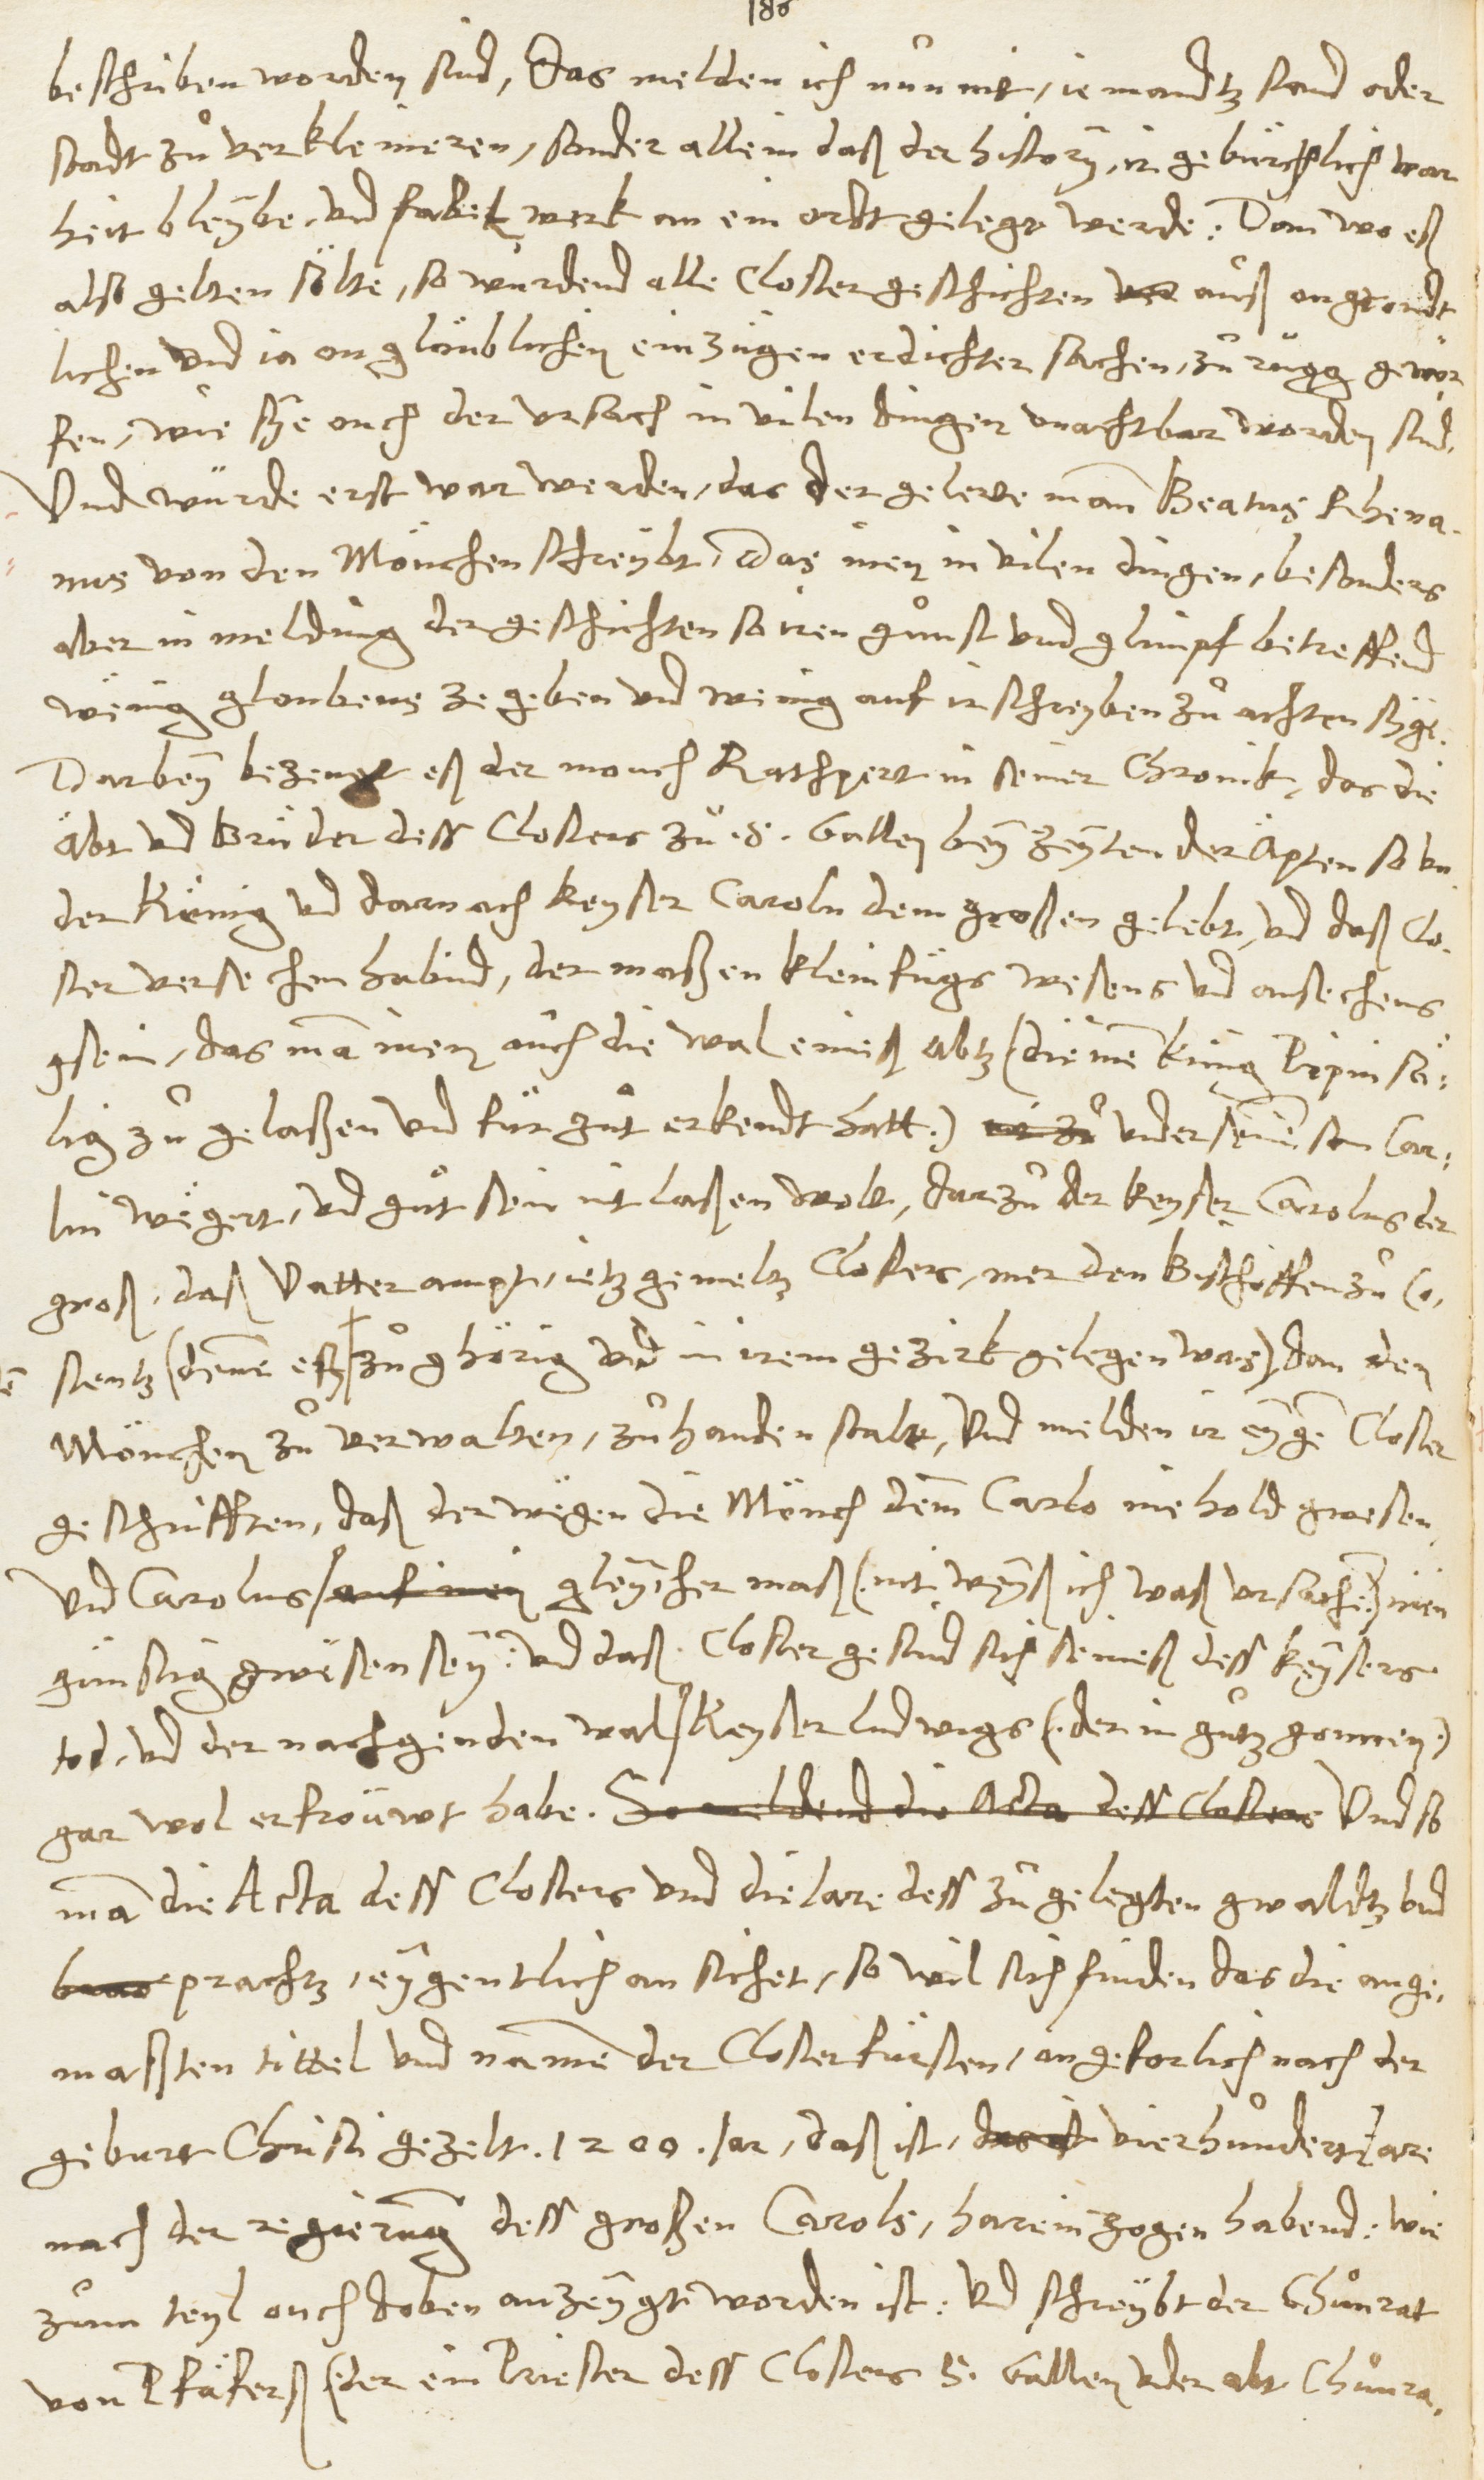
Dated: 1545–1546